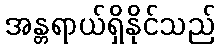
အန္တရာယ်ရှိနိုင်သည်